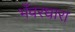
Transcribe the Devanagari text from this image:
भँवरधारा